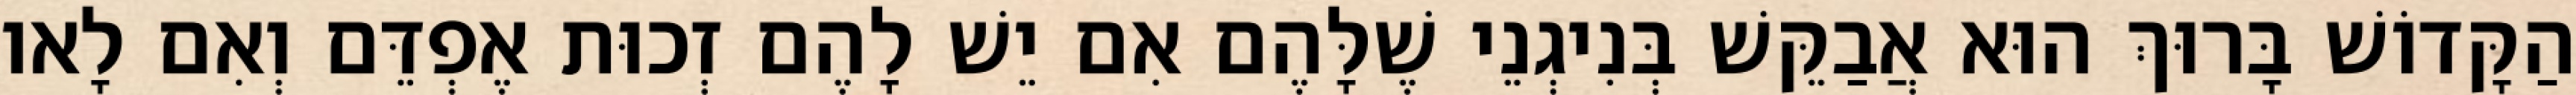
הַקָּדוֹשׁ בָּרוּךְ הוּא אֲבַקֵּשׁ בְּנִיגְנֵי שֶׁלָּהֶם אִם יֵשׁ לָהֶם זְכוּת אֶפְדֵּם וְאִם לָאו